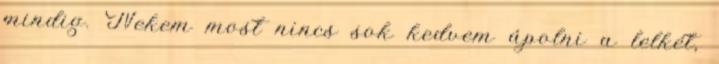
mindig. Nekem most nincs sok kedvem ápolni a lelkét,